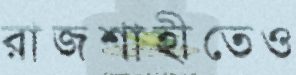
রাজশাহীতেও